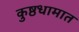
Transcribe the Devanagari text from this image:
कुष्ठधामात